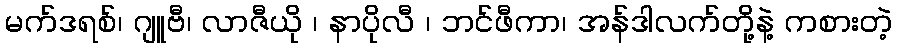
မက်ဒရစ်၊ ဂျူဗီ၊ လာဇီယို ၊ နာပိုလီ ၊ ဘင်ဖီကာ၊ အန်ဒါလက်တို့နဲ့ ကစားတဲ့